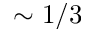
\sim 1 / 3